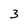
Character: 3